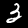
Digit: 3